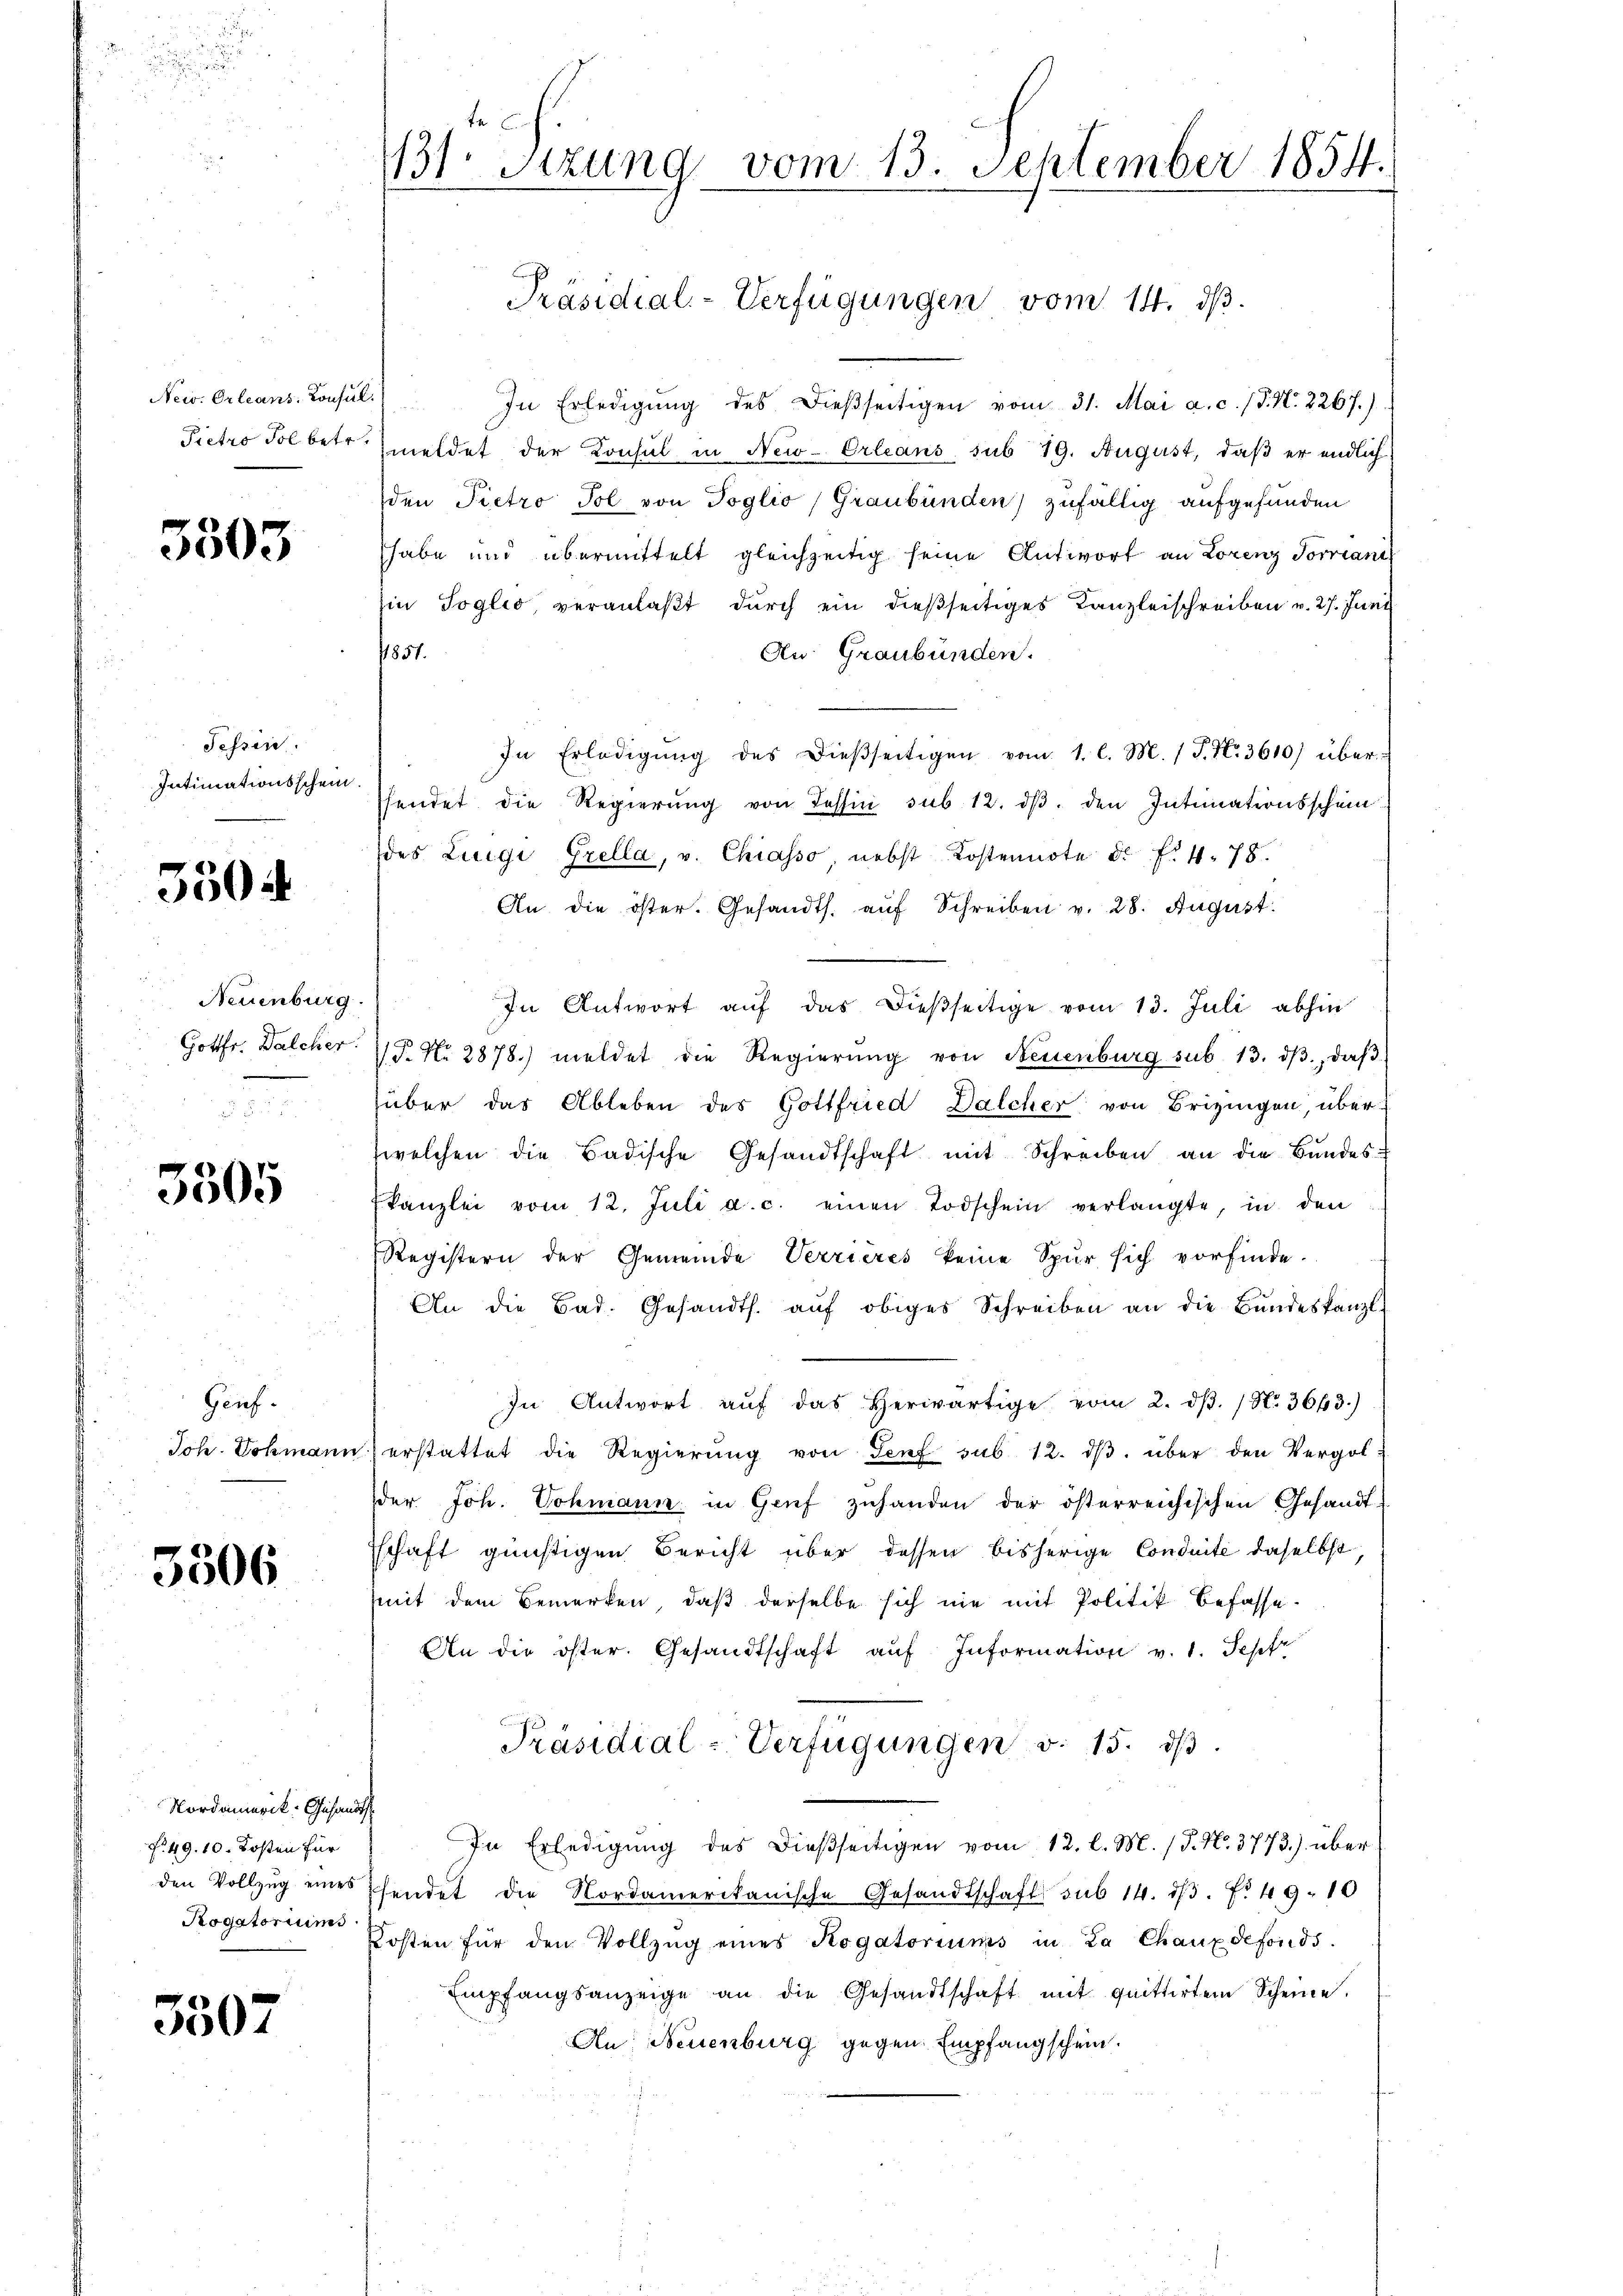
New. Orleans: Consul
Pietro Pol betr.

3503

Tessin.
Intimationsschein

3504

Neuenburg
Gottfr. Walcher.

3505

Genf.
Joh. Schmann

3506

Nordamerik: Gesandts
f. 49. 10. Kosten für
den Vollzug eines
Rogatoriums

3507

te
131.
Sitzung vom 13. September 1854.

Präsidial-Verfügungen vom 14. ds.

) In Erledigŭng des dieβseitigen vom 31. Mai a. c. (T. N. 2267.)
meldet der Konsul in New-Orleans sub 19. August, daβ er endlich
den Pietro Pol von Toglio Graubünden) zufällig aufgefunden
habe und übermittelt gleichzeitig seine Antwort an Lorenz Vorrant
hin Soglio, veranlaßt durch ein dießseitiges Kanzleischreiben v. 27. Juni
7851.
Au: Graubünden.
In Erledigŭng des dieβseitigen vom 1. l. M. 1 P. Nr. 3610) über
hendet die Regierŭng von Cessin sub 12. dβ. den Intimationsschein
des Luigi Grella, v. Chiasso nebst Kostennote d. f. 478.
An die öster. Gesandts. aŭf Schreiben v. 28. August.
In Antwort aŭf das dießseitige vom 13. Juli abhin
P. Nr. 2878.) meldet die Regierŭng von Neuenburg sub. 13. dβ, daβ
über das Ableben des Gottfried Dalcher von Brizingen, über
welchen die Badische Gesandtschaft mit Schreiben an die Bundeskanzlei vom 12. Juli a.c. einen Todschein verlangte, in den
Registern der Gemeinde Verrieres keine Spur sich vorfinde.
An die Bad. Gesandts. aŭf obiges Schreiben an die Bŭndeskanzl
In Antwort aŭf das herwärtige vom 2. dβ. / N. 3643.)
erstattet die Regierŭng von Senf sub 12. dβ über den Vergol
der Joh. Sohmann in Genf zuhanden der österreichischen Gesandt-
sschaft günstigen Bericht über dessen bisherige Conduite daselbst
mit dem Bemerken, daß derselbe sich nie mit Politik befasse¬
An die öster. Gesandtschaft aŭf Information v. 1. Sepfr
Präsidial-Verfügungen v. 15. dβ.
In Erledigung des dießseitigen vom 12. l. M. (T. N. 3773.) über
sendet die Nordamerikanische Gesandtschaft sub 14. dβ. f. 49. 10
Kosten für den Vollzŭg eines Rogatoriums in La Chauxdefonds.
Empfangsanzeige an die Gesandtschaft mit quittirten Scheine.
An Neuenburg gegen Empfangschein.